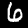
Digit: 6